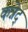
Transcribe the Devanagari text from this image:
कन्नेद्